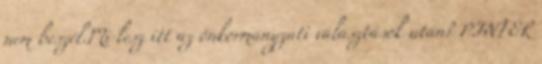
nem beszél.Mi lesz itt az önkormányzati választások után? PINTÉR